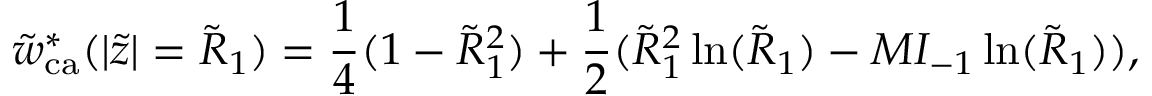
\tilde { w } _ { \mathrm { c a } } ^ { * } ( | \tilde { z } | = \tilde { R } _ { 1 } ) = \frac { 1 } { 4 } ( 1 - \tilde { R } _ { 1 } ^ { 2 } ) + \frac { 1 } { 2 } ( \tilde { R } _ { 1 } ^ { 2 } \ln ( \tilde { R } _ { 1 } ) - M I _ { - 1 } \ln ( \tilde { R } _ { 1 } ) ) ,